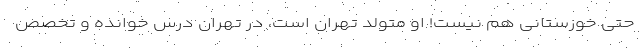
حتی خوزستانی هم نیست! او متولد تهران است، در تهران درس خوانده و تخصص